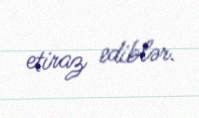
etiraz ediblər.